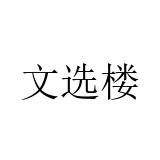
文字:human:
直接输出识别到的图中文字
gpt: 文选楼